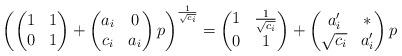
LaTeX: \begin{align*}\left( \begin{pmatrix} 1 & 1 \\ 0 & 1 \end{pmatrix} + \begin{pmatrix} a_i & 0 \\ c_i & a_i \end{pmatrix} p \right)^{\frac{1}{\sqrt{c_i}}} = \begin{pmatrix} 1 & \frac{1}{\sqrt{c_i}} \\ 0 & 1 \end{pmatrix} + \begin{pmatrix} a'_i & * \\ \sqrt{c_i} & a'_i \end{pmatrix} p\end{align*}